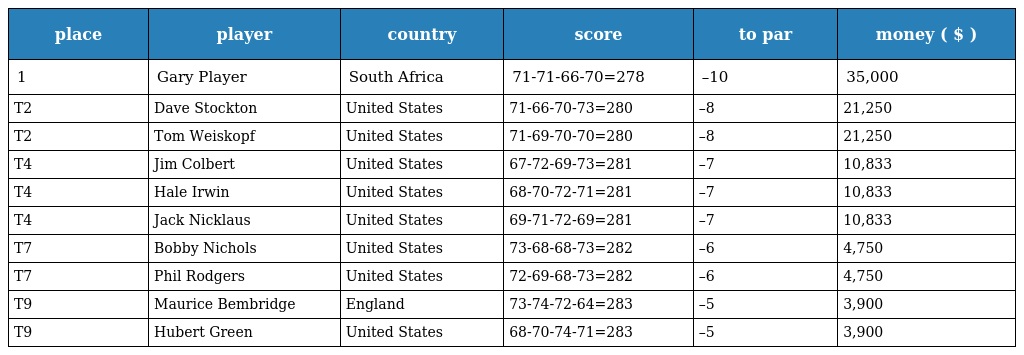
| place | player | country | score | to par | money ( $ ) |
 | --- | --- | --- | --- | --- | --- |
 | 1 | Gary Player | South Africa | 71-71-66-70=278 | –10 | 35,000 |
 | T2 | Dave Stockton | United States | 71-66-70-73=280 | –8 | 21,250 |
 | T2 | Tom Weiskopf | United States | 71-69-70-70=280 | –8 | 21,250 |
 | T4 | Jim Colbert | United States | 67-72-69-73=281 | –7 | 10,833 |
 | T4 | Hale Irwin | United States | 68-70-72-71=281 | –7 | 10,833 |
 | T4 | Jack Nicklaus | United States | 69-71-72-69=281 | –7 | 10,833 |
 | T7 | Bobby Nichols | United States | 73-68-68-73=282 | –6 | 4,750 |
 | T7 | Phil Rodgers | United States | 72-69-68-73=282 | –6 | 4,750 |
 | T9 | Maurice Bembridge | England | 73-74-72-64=283 | –5 | 3,900 |
 | T9 | Hubert Green | United States | 68-70-74-71=283 | –5 | 3,900 |